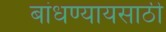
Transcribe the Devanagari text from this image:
बांधण्यायसाठी